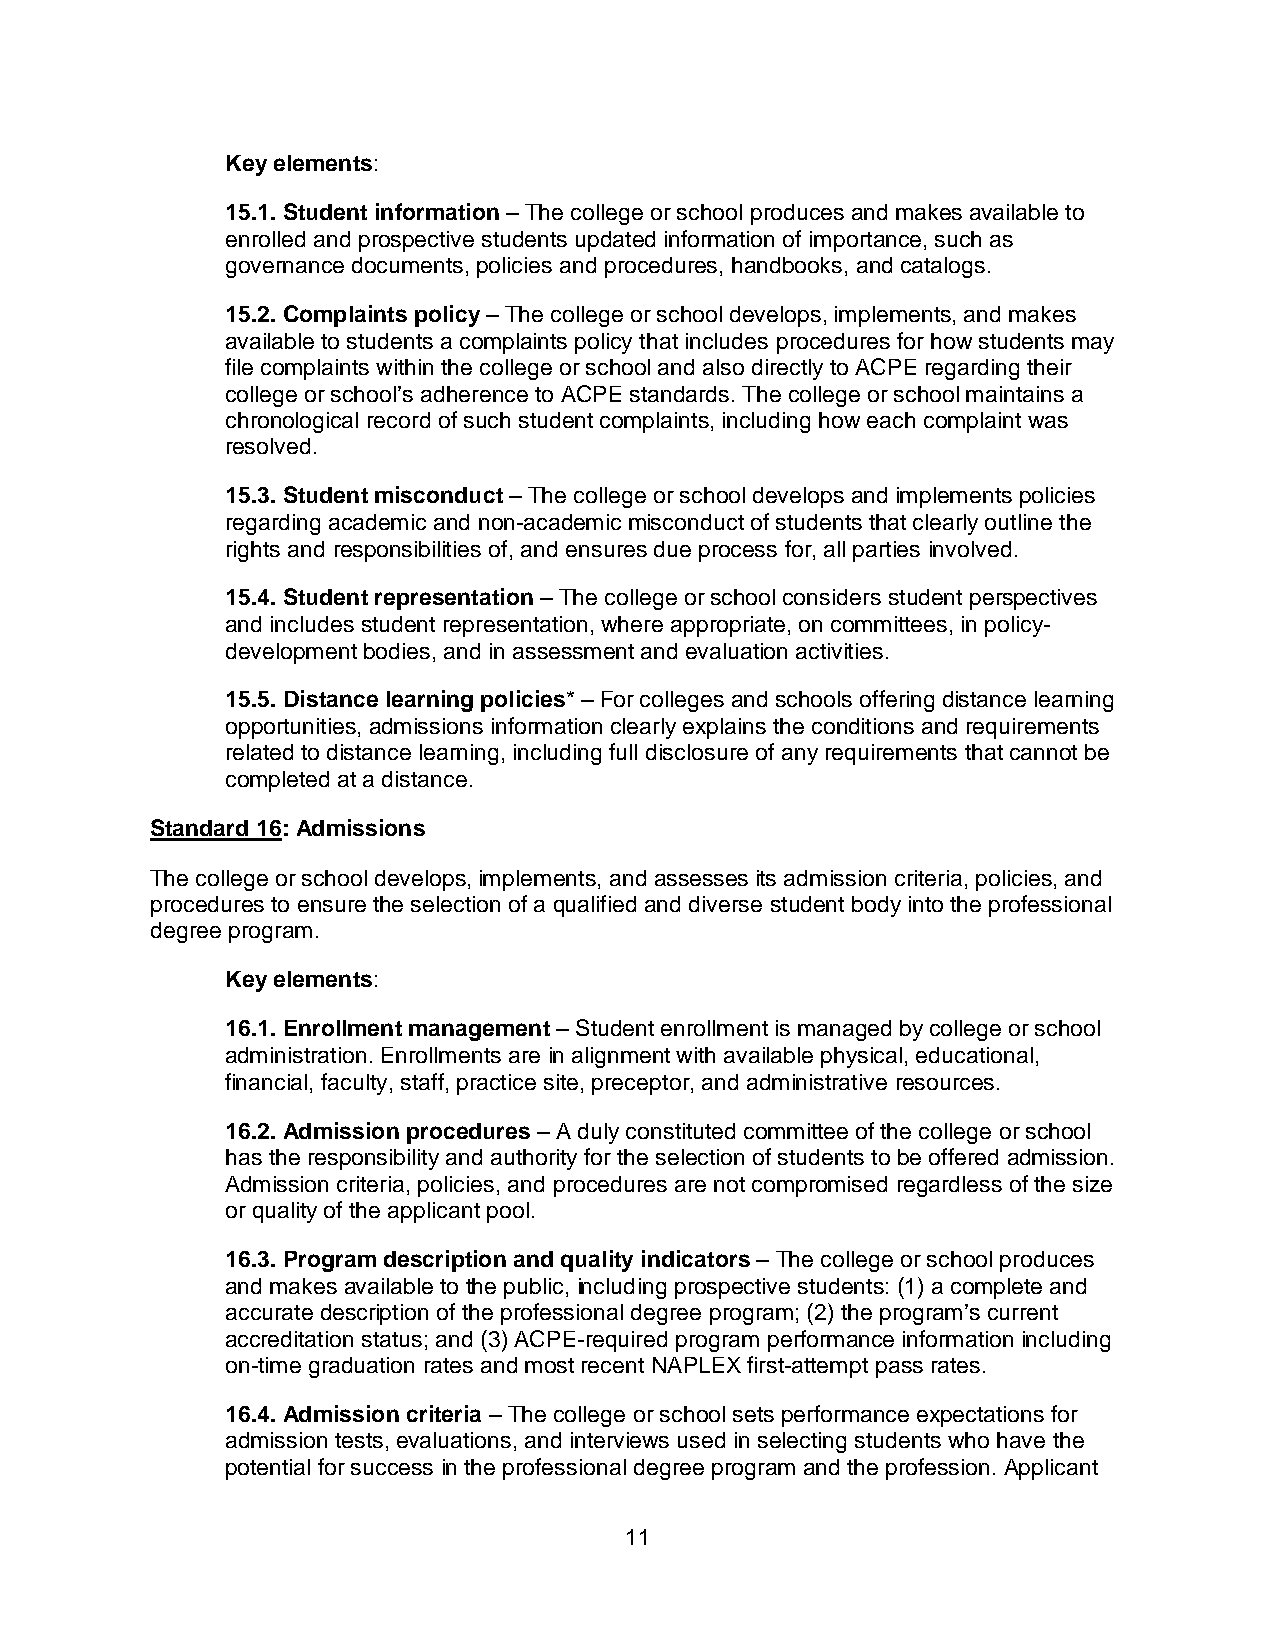
Key elements:
 15.1. Student information – The college or school produces and makes available to
 enrolled and prospective students updated information of importance, such as
 governance documents, policies and procedures, handbooks, and catalogs.
 15.2. Complaints policy – The college or school develops, implements, and makes
 available to students a complaints policy that includes procedures for how students may
 file complaints within the college or school and also directly to ACPE regarding their
 college or school’s adherence to ACPE standards. The college or school maintains a
 chronological record of such student complaints, including how each complaint was
 resolved.
 15.3. Student misconduct – The college or school develops and implements policies
 regarding academic and non-academic misconduct of students that clearly outline the
 rights and responsibilities of, and ensures due process for, all parties involved.
 15.4. Student representation – The college or school considers student perspectives
 and includes student representation, where appropriate, on committees, in policy-
 development bodies, and in assessment and evaluation activities.
 15.5. Distance learning policies* – For colleges and schools offering distance learning
 opportunities, admissions information clearly explains the conditions and requirements
 related to distance learning, including full disclosure of any requirements that cannot be
 completed at a distance.
 Standard 16: Admissions
 The college or school develops, implements, and assesses its admission criteria, policies, and
 procedures to ensure the selection of a qualified and diverse student body into the professional
 degree program.
 Key elements:
 16.1. Enrollment management – Student enrollment is managed by college or school
 administration. Enrollments are in alignment with available physical, educational,
 financial, faculty, staff, practice site, preceptor, and administrative resources.
 16.2. Admission procedures – A duly constituted committee of the college or school
 has the responsibility and authority for the selection of students to be offered admission.
 Admission criteria, policies, and procedures are not compromised regardless of the size
 or quality of the applicant pool.
 16.3. Program description and quality indicators – The college or school produces
 and makes available to the public, including prospective students: (1) a complete and
 accurate description of the professional degree program; (2) the program’s current
 accreditation status; and (3) ACPE-required program performance information including
 on-time graduation rates and most recent NAPLEX first-attempt pass rates.
 16.4. Admission criteria – The college or school sets performance expectations for
 admission tests, evaluations, and interviews used in selecting students who have the
 potential for success in the professional degree program and the profession. Applicant
 11